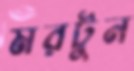
মরটুন